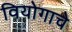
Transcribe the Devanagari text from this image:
वियोगाचे